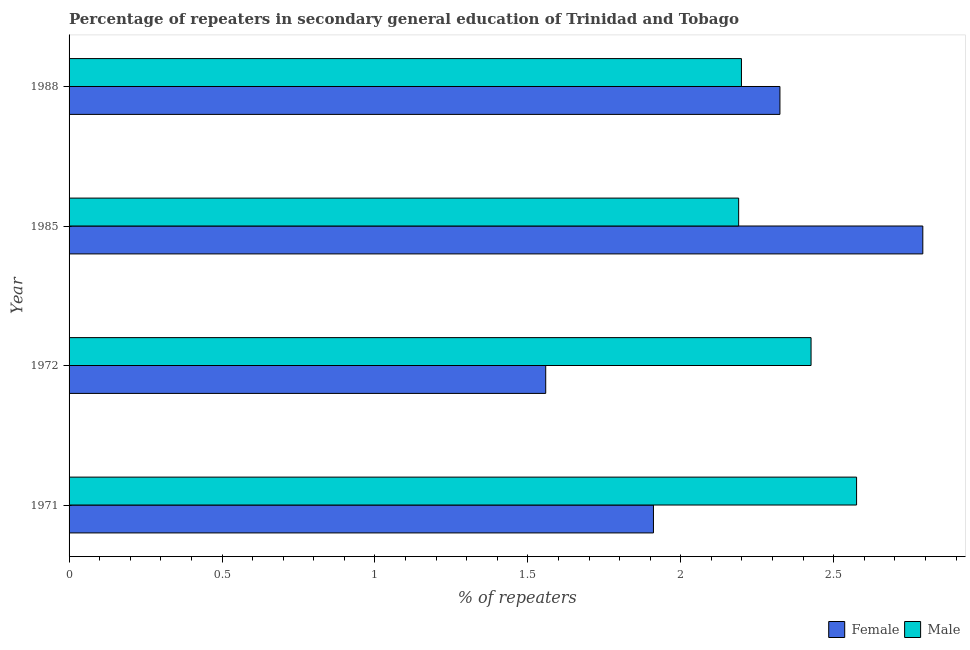
| Year | Female | Male |
 | --- | --- | --- |
 | 1971 | 1.91 | 2.57 |
 | 1972 | 1.56 | 2.43 |
 | 1985 | 2.79 | 2.19 |
 | 1988 | 2.32 | 2.2 |